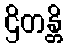
ဌိတန္တိ